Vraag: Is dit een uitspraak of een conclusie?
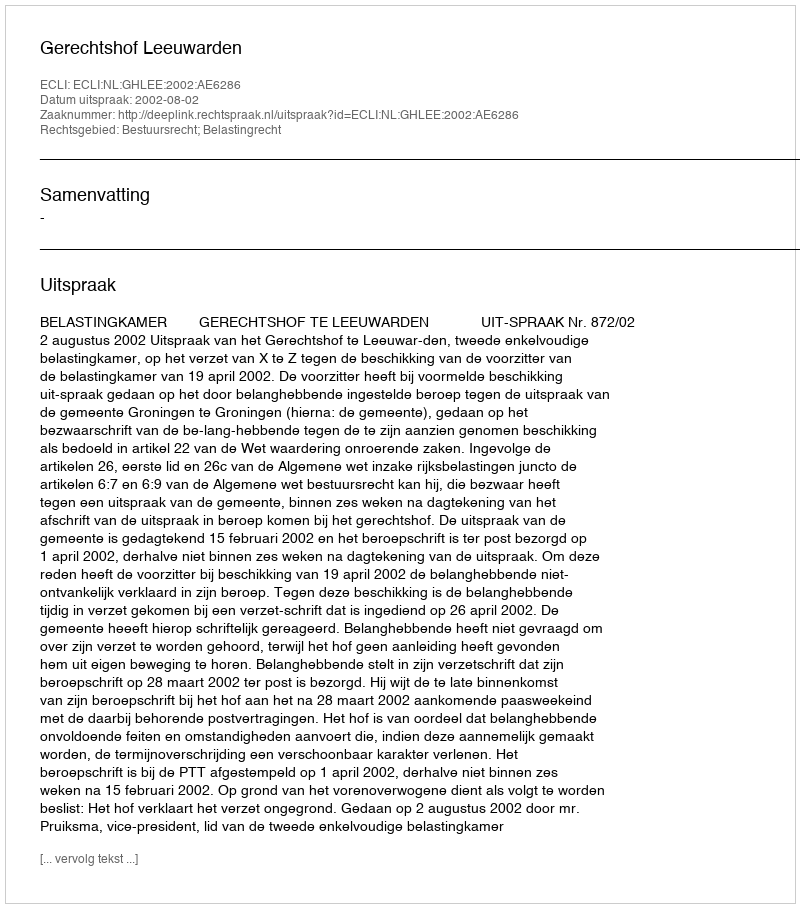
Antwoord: Uitspraak